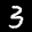
Label: 3